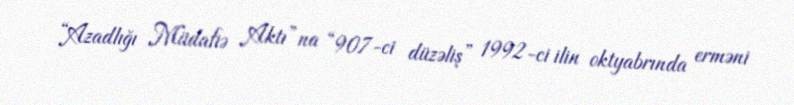
“Azadlığı Müdafiə Aktı”na “907-ci düzəliş” 1992-ci ilin oktyabrında erməni